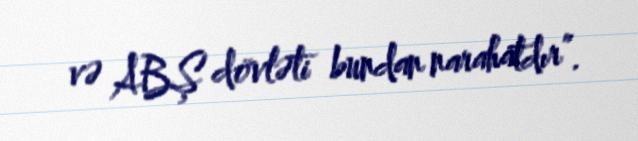
və ABŞ dövləti bundan narahatdır”.